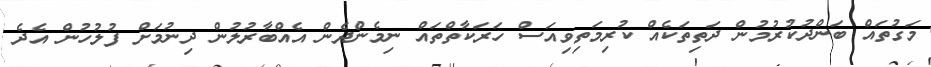
މަގުތައް ބަންދުކުރުމުން ދަތިތަކެއް ކުރިމަތިވިއަސް ހަރަކާތްތައް ނިމެންދެން އެއްބާރުލުން ދިނުމަށް ފުލުހުން އެދެ